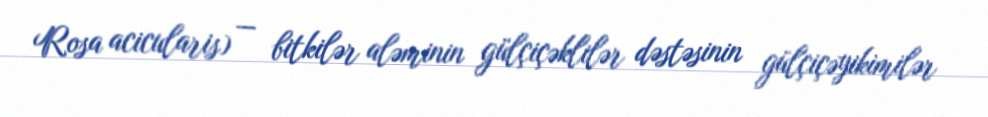
Rosa acicularis) — bitkilər aləminin gülçiçəklilər dəstəsinin gülçiçəyikimilər